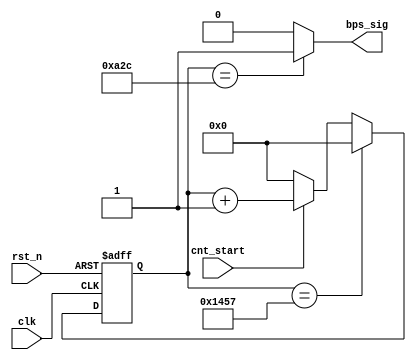
module uart_bps_9600(clk,rst_n,cnt_start,bps_sig
    );
    input clk;
    input rst_n;
    input cnt_start;
    output bps_sig;
    
    reg [12:0]cnt_bps;
    wire bps_sig;
    
    parameter bps_t = 13'd5207;
    
    always@(posedge clk or negedge rst_n)
    begin
       if(!rst_n)
       begin
          cnt_bps <= 13'd0;
       end
       else if(cnt_bps == bps_t)
       begin
          cnt_bps <= 13'd0;
       end
       else if(cnt_start)
       begin
          cnt_bps <= cnt_bps + 1'b1;
       end
       else 
       begin
          cnt_bps <= 1'b0;
       end
    end
     
    assign bps_sig = (cnt_bps ==  13'd2604) ? 1'b1 : 1'b0;  //
     
endmodule